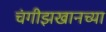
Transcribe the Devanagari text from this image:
चंगीझखानच्या